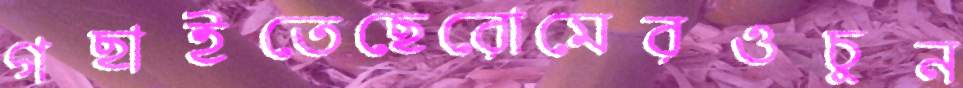
গছাইতেছেরোমেরওচুন